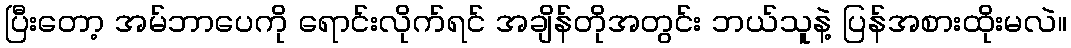
ပြီးတော့ အမ်ဘာပေကို ရောင်းလိုက်ရင် အချိန်တိုအတွင်း ဘယ်သူနဲ့ ပြန်အစားထိုးမလဲ။